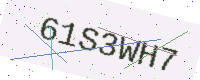
Text: 61S3WH7